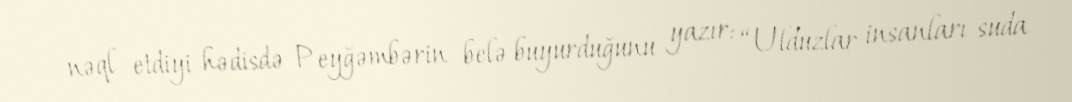
nəql etdiyi hədisdə Peyğəmbərin belə buyurduğunu yazır: “Ulduzlar insanları suda